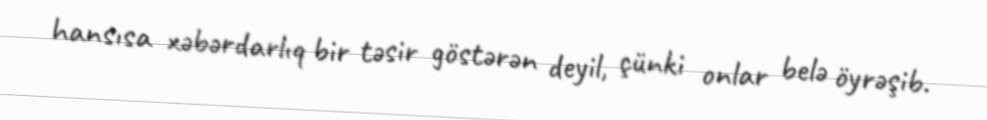
hansısa xəbərdarlıq bir təsir göstərən deyil, çünki onlar belə öyrəşib.